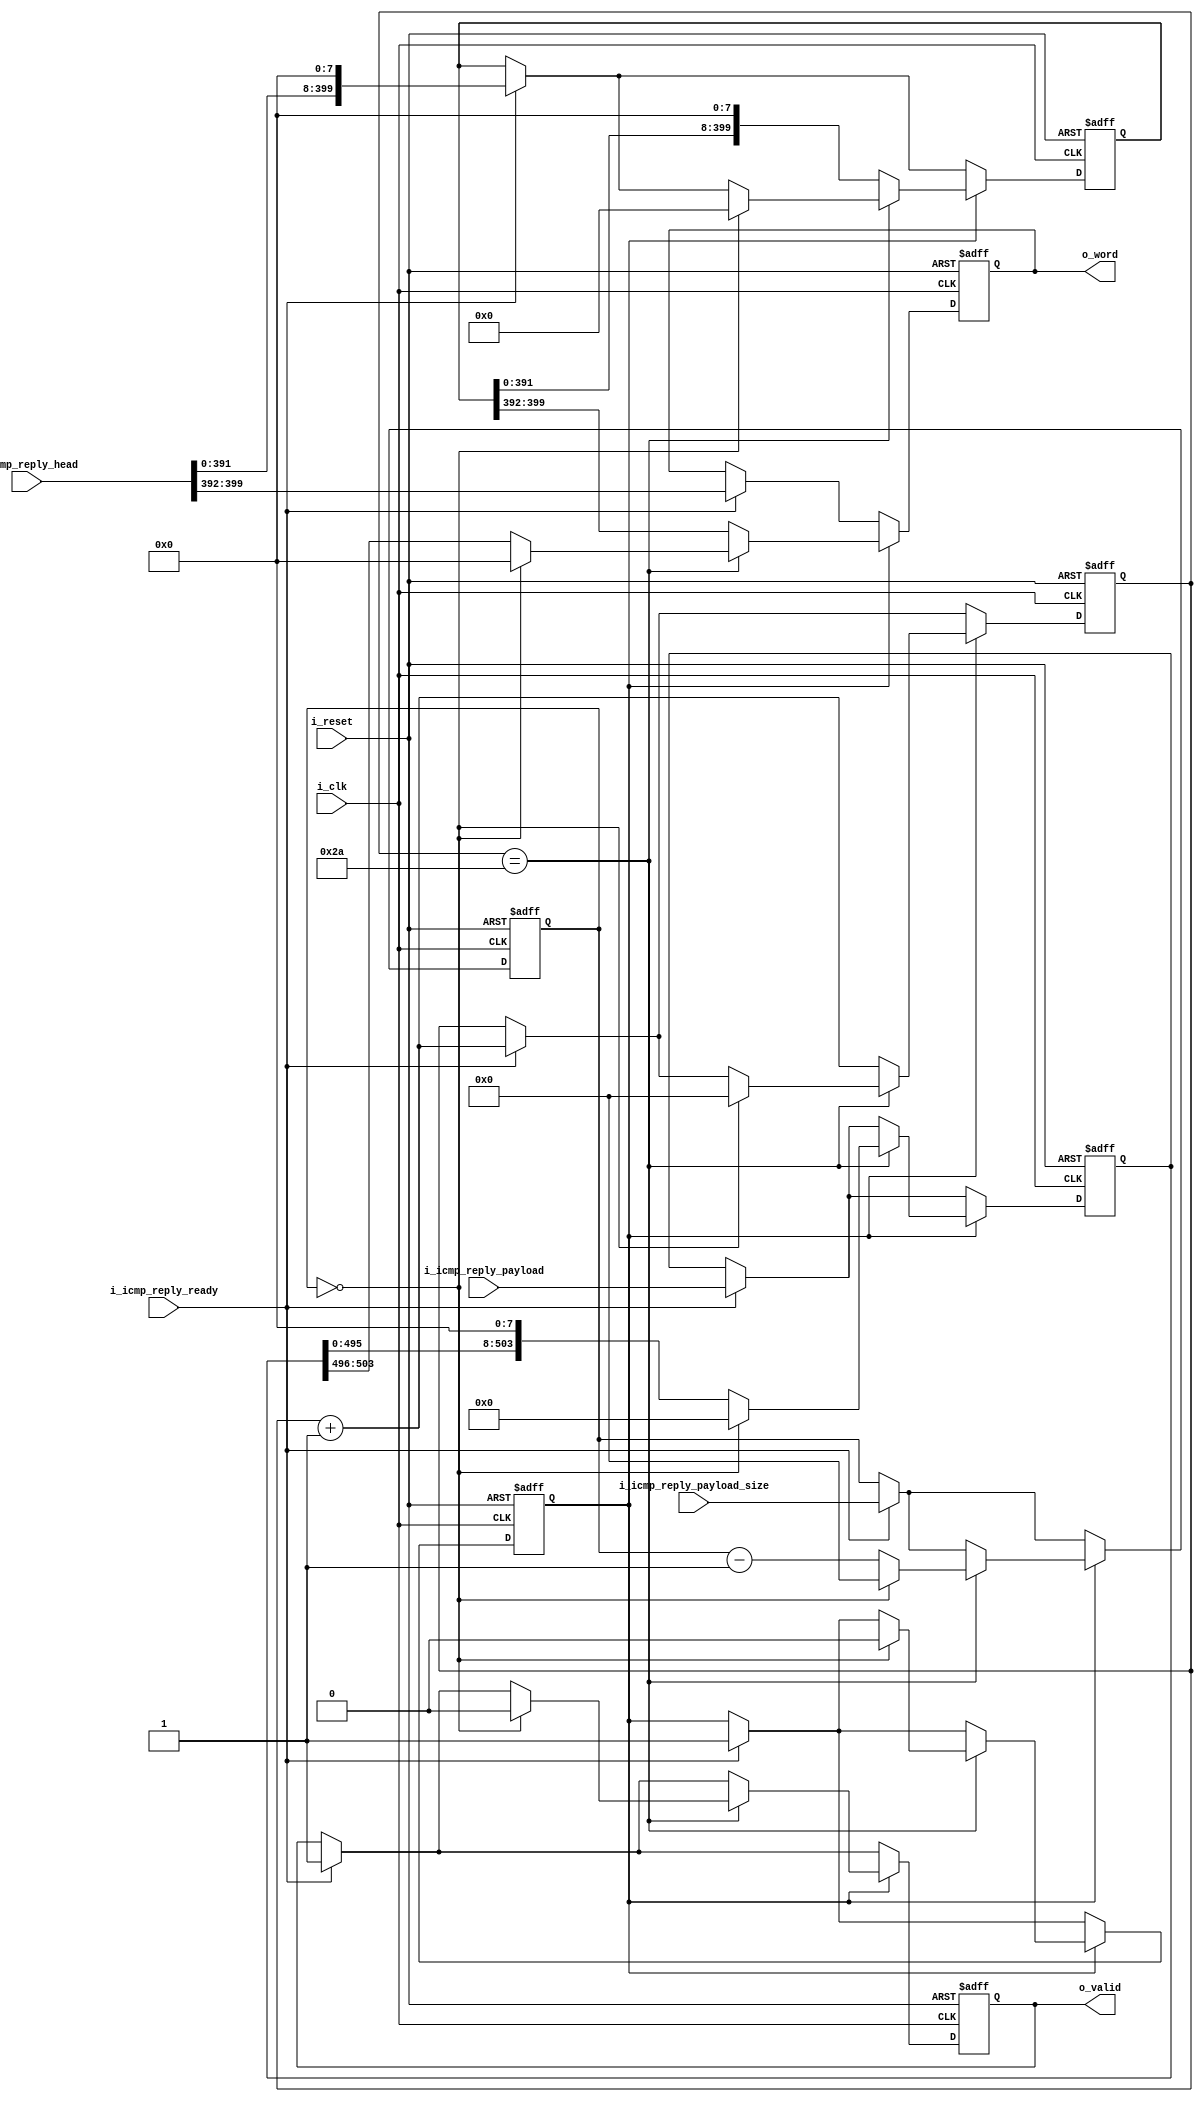
module tb_ethernet_icmp_reply_transmitter(
	input 				i_clk,
	input 				i_reset,
	
	input [50*8-1:0] 	i_icmp_reply_head,
	input [63*8-1:0] 	i_icmp_reply_payload,
	input [5:0] 		i_icmp_reply_payload_size,
	input				i_icmp_reply_ready,
	
	output reg [7:0]	o_word,
	output reg			o_valid
); 
	reg	[50*8-1:0] 		i_icmp_reply_head_r;
	reg	[63*8-1:0] 		i_icmp_reply_payload_r;
	reg	[5:0] 			i_icmp_reply_payload_size_r;
	reg					i_icmp_reply_ready_r;
	
	initial begin
		o_word						<= 0; 	//	reset
		o_valid						<= 0;	//	reset
		
		i_icmp_reply_head_r			<= 0;
		i_icmp_reply_payload_r		<= 0;
		i_icmp_reply_payload_size_r	<= 0;
		i_icmp_reply_ready_r		<= 0;
	end
	
	reg [5:0] icmp_reply_head_size;
	initial icmp_reply_head_size <= 0;
	
	always @(posedge i_clk, posedge i_reset) begin
		if (i_reset) begin
			o_word						<= 0;
			o_valid						<= 0;
			i_icmp_reply_head_r			<= 0;
			i_icmp_reply_payload_r		<= 0;
			i_icmp_reply_payload_size_r	<= 0;
			i_icmp_reply_ready_r		<= 0;
			icmp_reply_head_size		<= 0;
		end else begin
			if (i_icmp_reply_ready) begin	/* initial */
				i_icmp_reply_head_r			<= i_icmp_reply_head << 8;
				i_icmp_reply_payload_r		<= i_icmp_reply_payload;
				i_icmp_reply_payload_size_r	<= i_icmp_reply_payload_size;
				i_icmp_reply_ready_r		<= i_icmp_reply_ready;
				
				o_word 						<= i_icmp_reply_head[50*8-1:49*8];
				o_valid 					<= 1;
				icmp_reply_head_size		<= icmp_reply_head_size + 1;
			end else;
				
			if (i_icmp_reply_ready_r) begin	/* continuous */
				
				if (icmp_reply_head_size ==  6'd42) begin	/* payload transmit */
					
					if (i_icmp_reply_payload_size_r == 0) begin /* transmission end */
						o_word						<= 0;
						o_valid						<= 0;
						i_icmp_reply_head_r			<= 0;
						i_icmp_reply_payload_r		<= 0;
						i_icmp_reply_payload_size_r	<= 0;
						i_icmp_reply_ready_r		<= 0;
						icmp_reply_head_size		<= 0;
					end else begin								/* payload transmission */
						i_icmp_reply_payload_r 		<= i_icmp_reply_payload_r << 8;
						o_word 						<= i_icmp_reply_payload_r[63*8-1:62*8];
						i_icmp_reply_payload_size_r	<= i_icmp_reply_payload_size_r - 1;
					end
					
				end else begin	/* head transmit */
					i_icmp_reply_head_r 	<= i_icmp_reply_head_r << 8;
					o_word 					<= i_icmp_reply_head_r[50*8-1:49*8];
					icmp_reply_head_size	<= icmp_reply_head_size + 1;
				end
				
			end else;
		end
	end
endmodule